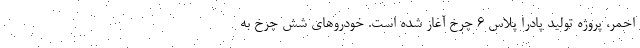
احمر، پروژه تولید پادرا پلاس ۶ چرخ آغاز شده است. خودروهای شش چرخ به